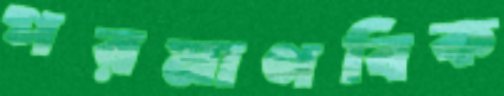
পরমাণবিক